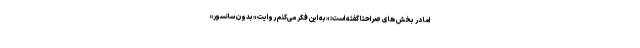
اما در بخش های صراحتا گفته است: «به این فکر می‌کنم روایت «بدون سانسور»